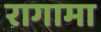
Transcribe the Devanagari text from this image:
रागामा